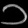
Digit: ၁